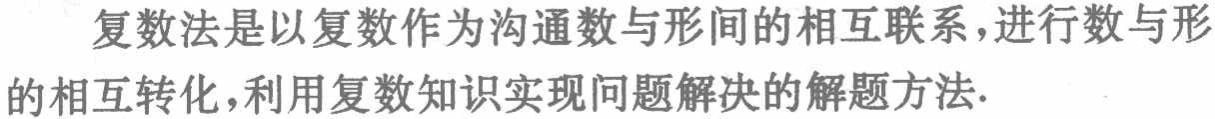
复数法是以复数作为沟通数与形间的相互联系，进行数与形的相互转化，利用复数知识实现问题解决的解题方法.